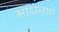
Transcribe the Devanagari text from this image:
साधनाएं